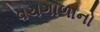
વચગાળાનો